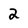
Character: 2